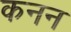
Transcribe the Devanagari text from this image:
कनन